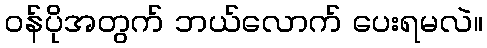
ဝန်ပိုအတွက် ဘယ်လောက် ပေးရမလဲ။